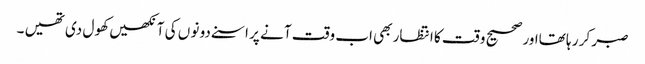
صبر کر ر ہا تھااور صحیح و قت کا انتظار بھی اب وقت آ نے پر اسنے دو نو ں کی آ نکھیں کھو ل دی تھیں ۔